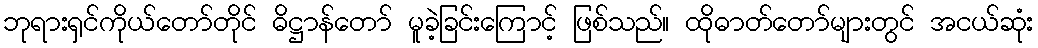
ဘုရားရှင်ကိုယ်တော်တိုင် ဓိဋ္ဌာန်တော် မူခဲ့ခြင်းကြောင့် ဖြစ်သည်။ ထိုဓာတ်တော်များတွင် အငယ်ဆုံး